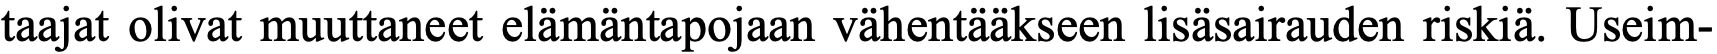
taajat olivat muuttaneet elämäntapojaan vähentääkseen lisäsairauden riskiä. Useim-